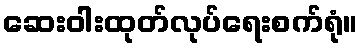
ဆေးဝါးထုတ်လုပ်ရေးစက်ရုံ။